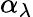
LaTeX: \alpha_{\lambda}